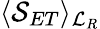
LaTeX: \langle\mathcal{S}_{ET}\rangle_{\mathcal{L}_{R}}